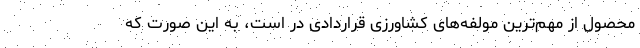
محصول از مهم‌ترین مولفه‌های کشاورزی قراردادی در است، به این صورت که